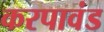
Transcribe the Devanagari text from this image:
करपावंड